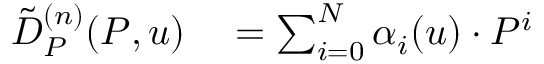
\begin{array} { r l } { \tilde { D } _ { P } ^ { ( n ) } ( P , u ) } & { { } = \sum _ { i = 0 } ^ { N } \alpha _ { i } ( u ) \cdot P ^ { i } } \end{array}